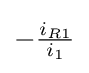
-{\tfrac {i_{R1}}{i_{1}}}